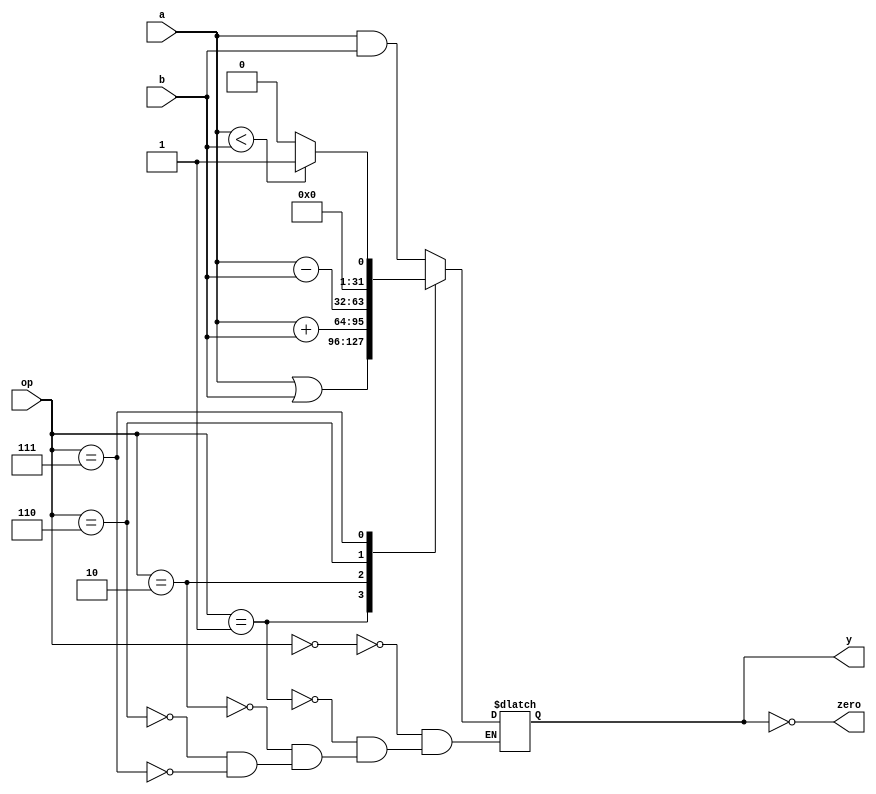
module alu (
        input  wire [2:0]  op,
        input  wire [31:0] a,
        input  wire [31:0] b,
        output wire        zero,
        output reg  [31:0] y
    );

    assign zero = (y == 0);

    always @ (op, a, b) begin
        case (op)
            3'b000: y = a & b;
            3'b001: y = a | b;
            3'b010: y = a + b;
            3'b110: y = a - b;
            3'b111: y = (a < b) ? 1 : 0;
        endcase
    end

endmodule